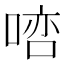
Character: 𠸠